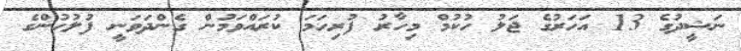
ނަޝީދުގެ 13 އަހަރުގެ ޖަލު ހުކުމް މިހާރު ފުރިހަމަ ކުރައްވަމުން ގެންދަވަނީ ފުލުހުންގެ